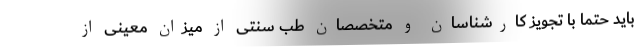
باید حتماً با تجویز کارشناسان و متخصصان طب سنتی از میزان معینی از